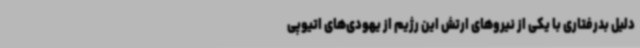
دلیل بدرفتاری با یکی از نیروهای ارتش این رژیم از یهودی‌های اتیوپی